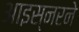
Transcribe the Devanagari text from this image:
आइस्नरने